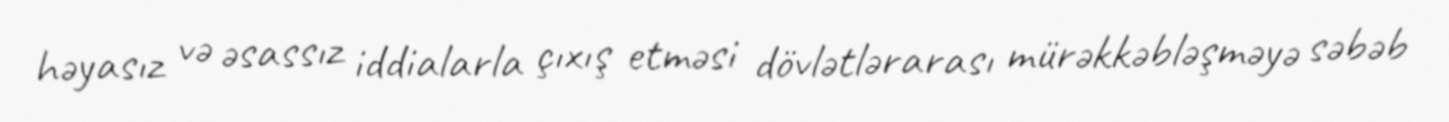
həyasız və əsassız iddialarla çıxış etməsi dövlətlərarası mürəkkəbləşməyə səbəb